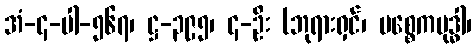
အံ-၄-ပါ-၅၆၇၊ ဋ္ဌ-၃၉၅၊ ၄-ဦး (ဘုရားရှင်၊ ပစ္စေကဗုဒ္ဓါ၊